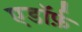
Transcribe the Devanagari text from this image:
एडॉर्फ़